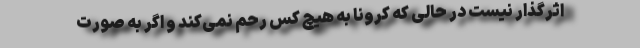
اثرگذار نیست در حالی که کرونا به هیچ کس رحم نمی‌کند و اگر به صورت